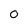
Character: 0